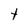
Character: t